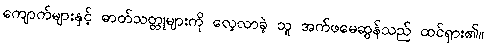
ကျောက်များနှင့် ဓာတ်သတ္တုများကို လေ့လာခဲ့ သူ အက်ဖမေဆွန်သည် ထင်ရှား၏။